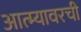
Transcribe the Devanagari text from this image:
आत्म्यावरची